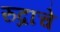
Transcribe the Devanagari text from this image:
रुद्राचे